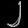
Digit: ၂